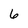
Character: 6